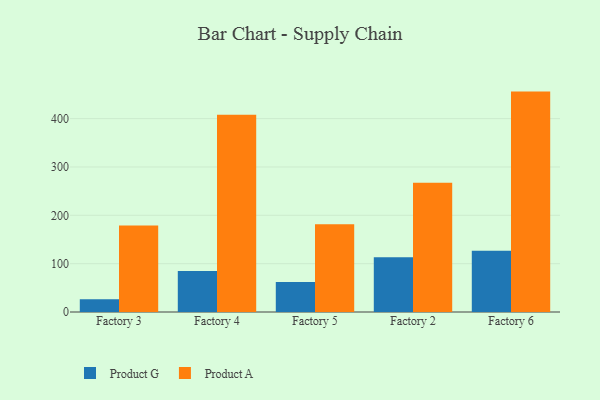
{"axis": {"x": "Factory", "y": "Temperature (°C)"}, "legend": ["Product A", "Product G"], "data": [{"x": "Factory 3", "y": 26.6, "type": "Product G"}, {"x": "Factory 3", "y": 178.9, "type": "Product A"}, {"x": "Factory 4", "y": 84.8, "type": "Product G"}, {"x": "Factory 4", "y": 408.0, "type": "Product A"}, {"x": "Factory 5", "y": 62.3, "type": "Product G"}, {"x": "Factory 5", "y": 181.4, "type": "Product A"}, {"x": "Factory 2", "y": 113.0, "type": "Product G"}, {"x": "Factory 2", "y": 267.3, "type": "Product A"}, {"x": "Factory 6", "y": 126.5, "type": "Product G"}, {"x": "Factory 6", "y": 455.9, "type": "Product A"}]}